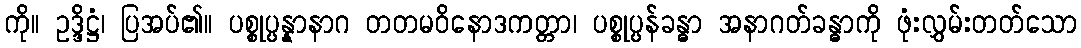
ကို။ ဥဒ္ဒိဋ္ဌံ၊ ပြအပ်၏။ ပစ္စုပ္ပန္နာနာဂ တတမဝိနောဒကတ္တာ၊ ပစ္စုပ္ပန်ခန္ဓာ အနာဂတ်ခန္ဓာကို ဖုံးလွှမ်းတတ်သော